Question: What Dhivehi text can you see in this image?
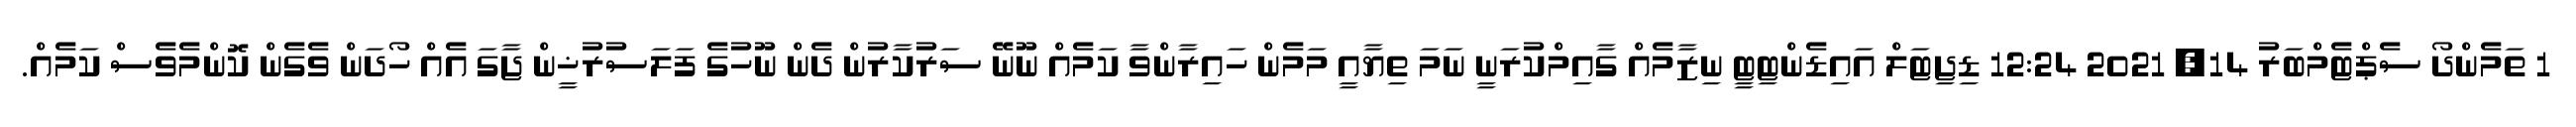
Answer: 1 ތަމެންދޯ ސެޕްޓެމްބަރު 14, 2021 12:24 ޑިޖިޓަލް އައިޑެންޓިޓީ ނިޒާމެއް ގާއިމްކުރަނީ ނަމަ ތިޔާއީ މަމެން ހައިރާންވާ ކަމެއް ނޫނޭ ސަރުކާރުން ދެން ނޫހުގެ ފަލަސުރުޚީން ޖާގަ އެއް ހޯދަން ވެގެން ކޮންމެވެސް ކަމެއް.